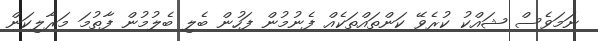
ނަމަވެސް ޝައްކު ކުރެވޭ ކަންތައްތަކެއް ފެނުމުން ފަހުން ބެލި ބެލުމުން ފާތުމަ މަރާލިކަން